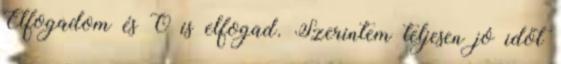
Elfogadom és Ő is elfogad. Szerintem teljesen jó időt